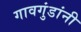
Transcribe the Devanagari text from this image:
गावगुंडांनी